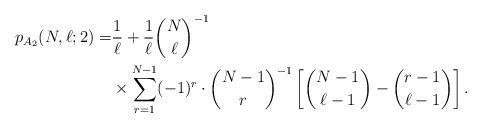
LaTeX: \begin{align*}\begin{aligned}p_{A_2}(N,\ell;2)=&\frac{1}{\ell}+\frac{1}{\ell}\binom{N}{\ell}^{-1}\\&\times\sum_{r=1}^{N-1}(-1)^{r}\cdot\binom{N-1}{r}^{-1}\left[\binom{N-1}{\ell-1}-\binom{r-1}{\ell-1}\right].\end{aligned}\end{align*}